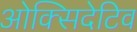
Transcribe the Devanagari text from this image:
ओक्सिदेटिव